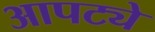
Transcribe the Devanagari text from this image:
आपट्ये